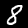
Label: 8